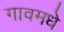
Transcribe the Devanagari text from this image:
गावमधे